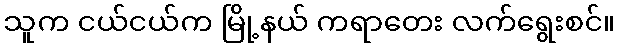
သူက ငယ်ငယ်က မြို့နယ် ကရာတေး လက်ရွေးစင်။